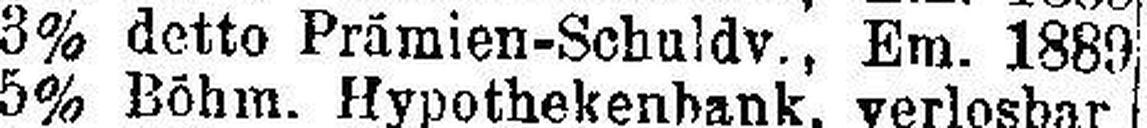
3% detto Prämien-Schuldv., Em. 1889